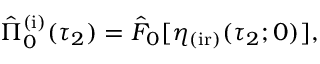
\begin{array} { r } { \hat { \Pi } _ { 0 } ^ { \mathrm { ( i ) } } ( \tau _ { 2 } ) = \hat { F } _ { 0 } [ \eta _ { \mathrm { ( i r ) } } ( \tau _ { 2 } ; 0 ) ] , } \end{array}